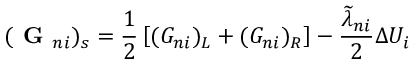
( \textbf { G } _ { n i } ) _ { s } = \frac { 1 } { 2 } \left[ ( G _ { n i } ) _ { L } + ( G _ { n i } ) _ { R } \right] - \frac { \widetilde { \lambda } _ { n i } } { 2 } \Delta U _ { i }